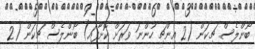
ބޯންލެސް ޗިކަން (2 އިންޗި ހުންނަ ވަރަށް ކޮށާފައި) ބޯންލެސް ޗިކަން (2